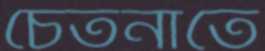
চেতনাতে